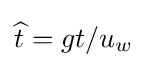
{\widehat {t}}={gt/u_{w}}